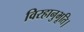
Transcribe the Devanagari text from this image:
विरहानुभूति।